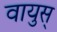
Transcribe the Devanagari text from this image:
वायुस्